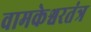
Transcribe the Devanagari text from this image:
वामकेश्वरतंत्र